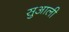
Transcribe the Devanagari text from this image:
सुआली